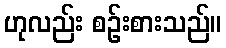
ဟုလည်း စဉ်းစားသည်။